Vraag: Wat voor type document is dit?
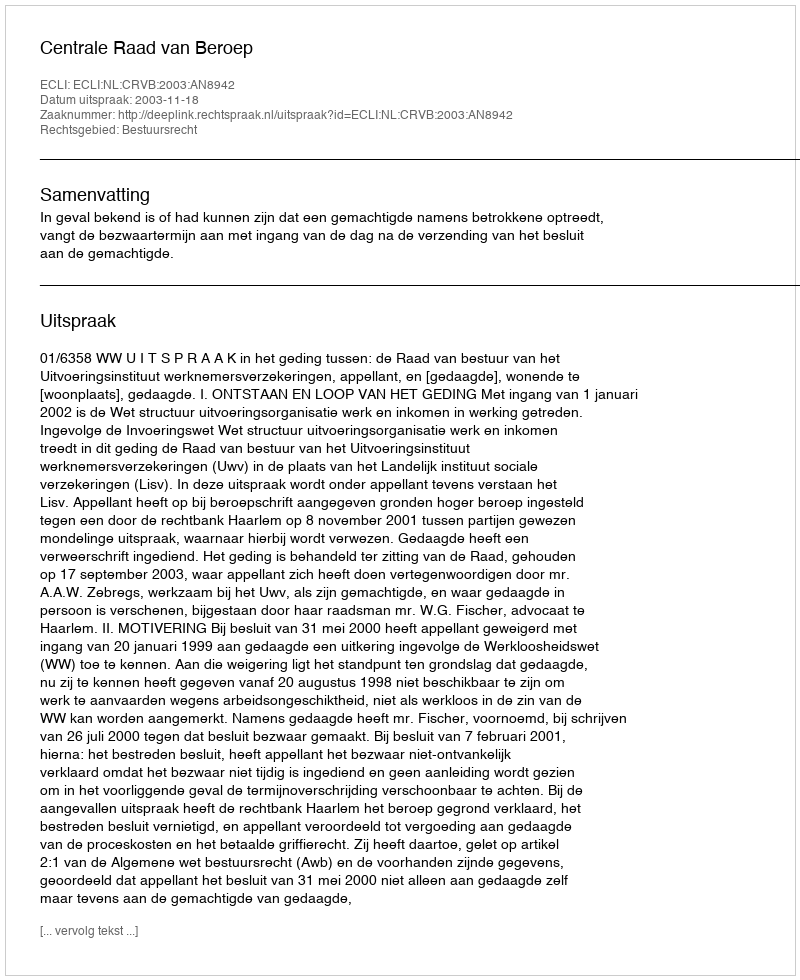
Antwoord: Uitspraak